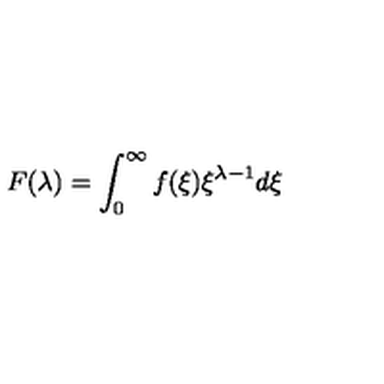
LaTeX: F ( \lambda ) = \int _ { 0 } ^ { \infty } f ( \xi ) \xi ^ { \lambda - 1 } d \xi